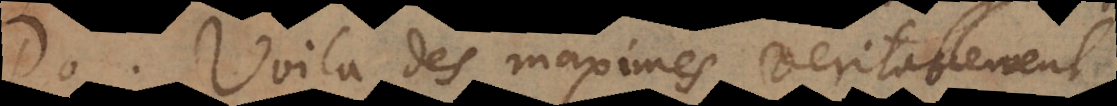
P. Voilà des maximes veritablement